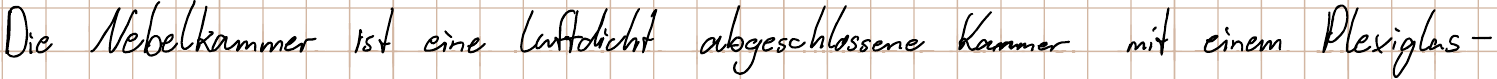
Die Nebelkammer ist eine luftdicht abgeschlossene Kammer mit einem Plexiglas-